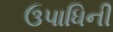
ઉપાધિની